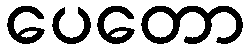
ပေတော